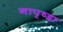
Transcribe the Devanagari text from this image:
नापृष्ट्वा